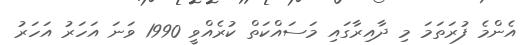
އެންމެ ފުރަތަމަ މި ދާއިރާގައި މަސައްކަތް ކުރެއްވީ 1990 ވަނަ އަހަރު އަހަރު